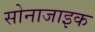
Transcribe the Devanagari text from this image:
सोनाजाइक